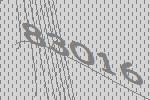
83016